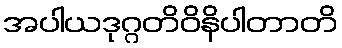
အပါယဒုဂ္ဂတိဝိနိပါတာတိ